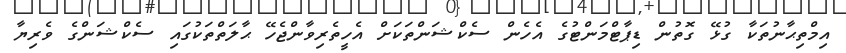
އިމްތިޙާނުތަކާ ގުޅޭ ގޮތުން ޑިޕާޓްމަންޓުގެ އެހެން ސެކްޝަންތަކަށް އެހީތެރިވާންޖެހޭ ޙާލަތްތަކުގައި ސެކްޝަންގެ ވެރިޔާ